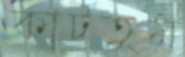
কাটতুম